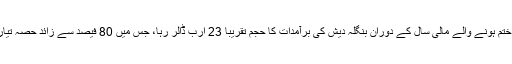
جون 2011ء میں ختم ہونے والے مالی سال کے دوران بنگلہ دیش کی برآمدات کا حجم تقریباً 23 ارب ڈالر رہا، جس میں 80 فیصد سے زائد حصہ تیار شدہ کپڑوں کا تھا۔